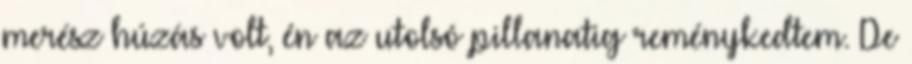
merész húzás volt, én az utolsó pillanatig reménykedtem. De